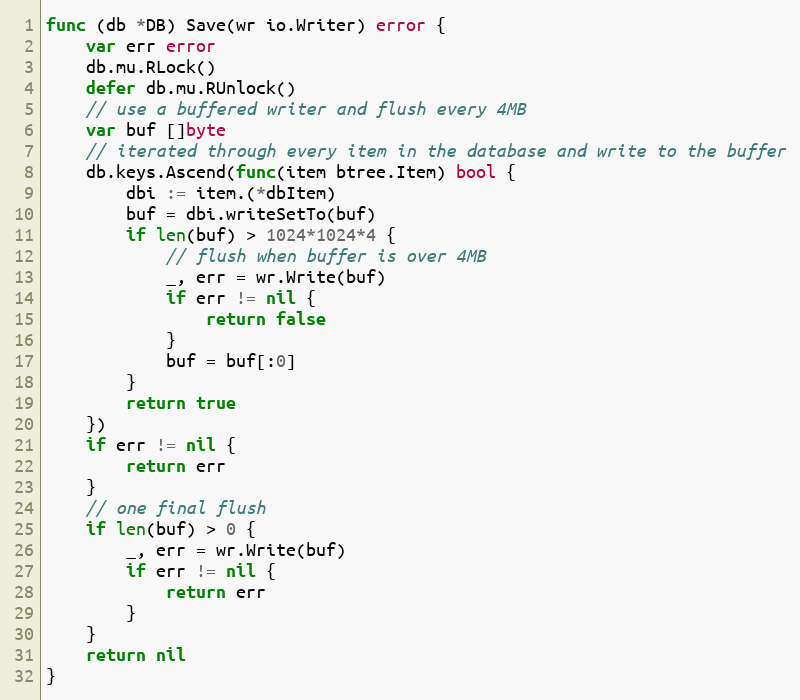
Language: Go
func (db *DB) Save(wr io.Writer) error {
	var err error
	db.mu.RLock()
	defer db.mu.RUnlock()
	// use a buffered writer and flush every 4MB
	var buf []byte
	// iterated through every item in the database and write to the buffer
	db.keys.Ascend(func(item btree.Item) bool {
		dbi := item.(*dbItem)
		buf = dbi.writeSetTo(buf)
		if len(buf) > 1024*1024*4 {
			// flush when buffer is over 4MB
			_, err = wr.Write(buf)
			if err != nil {
				return false
			}
			buf = buf[:0]
		}
		return true
	})
	if err != nil {
		return err
	}
	// one final flush
	if len(buf) > 0 {
		_, err = wr.Write(buf)
		if err != nil {
			return err
		}
	}
	return nil
}